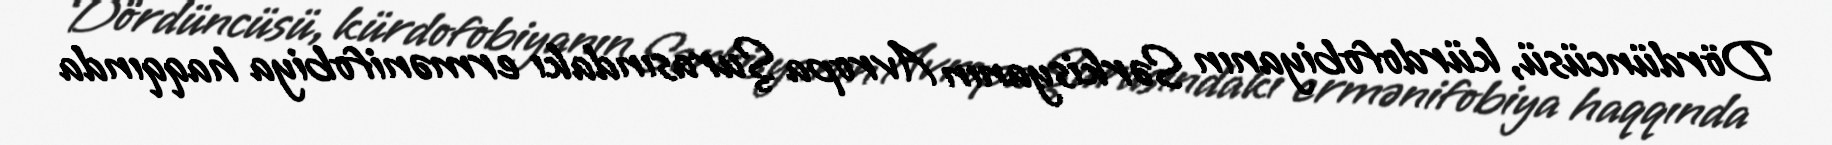
Dördüncüsü, kürdofobiyanın Sərkisyanın Avropa Şurasındakı ermənifobiya haqqında